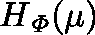
H _ { \mathit { \Phi } } ( \mu )